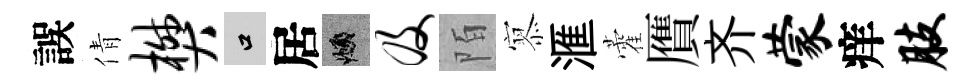
誤倩樊口居頫及陌𡪹滙藿贋齐蒙痒肢